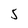
Character: 5